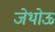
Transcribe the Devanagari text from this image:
जेथोऊ